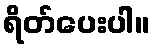
ရိတ်ပေးပါ။